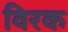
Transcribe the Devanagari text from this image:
विरक